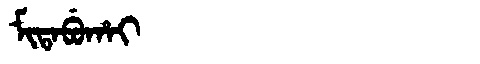
Manchu: ᠮᡳᡨᠠᠪᡠᡥᠠᡳ
Romanization: MITABUHAI